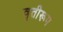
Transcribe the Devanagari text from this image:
वृतीरूप